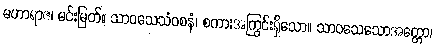
မဟာရာဇ၊ မင်းမြတ်။ သာဝသေသံဝစနံ၊ စကားအကြွင်းရှိသော။ သာဝသေသောအတ္တော၊